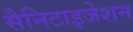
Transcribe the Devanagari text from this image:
सैनिटाइजेशन